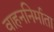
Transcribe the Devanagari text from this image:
वाहननिर्माता